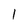
Character: 1